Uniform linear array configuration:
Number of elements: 12
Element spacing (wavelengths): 1
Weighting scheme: hann
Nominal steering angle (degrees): -60
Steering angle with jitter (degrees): -60.544
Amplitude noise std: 0.05
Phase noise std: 0.05

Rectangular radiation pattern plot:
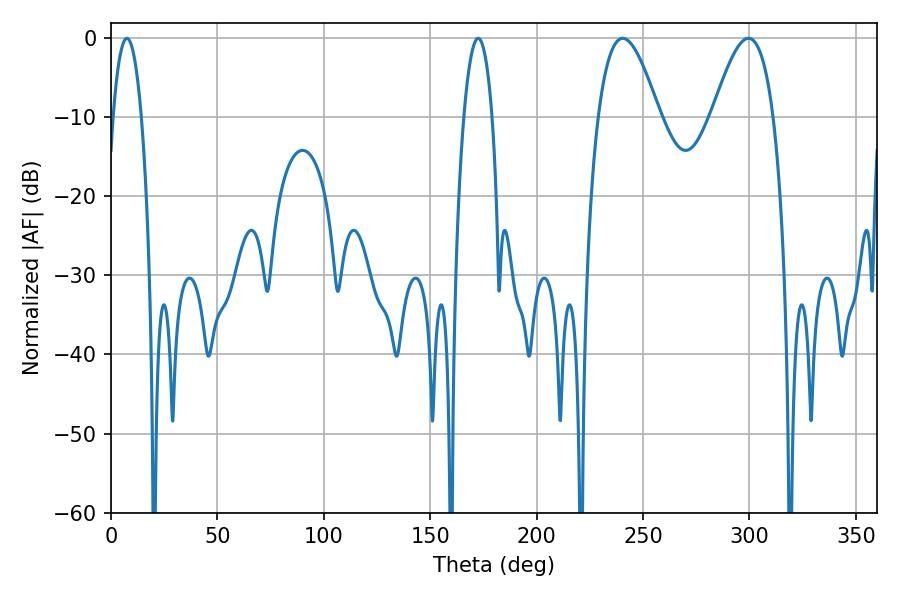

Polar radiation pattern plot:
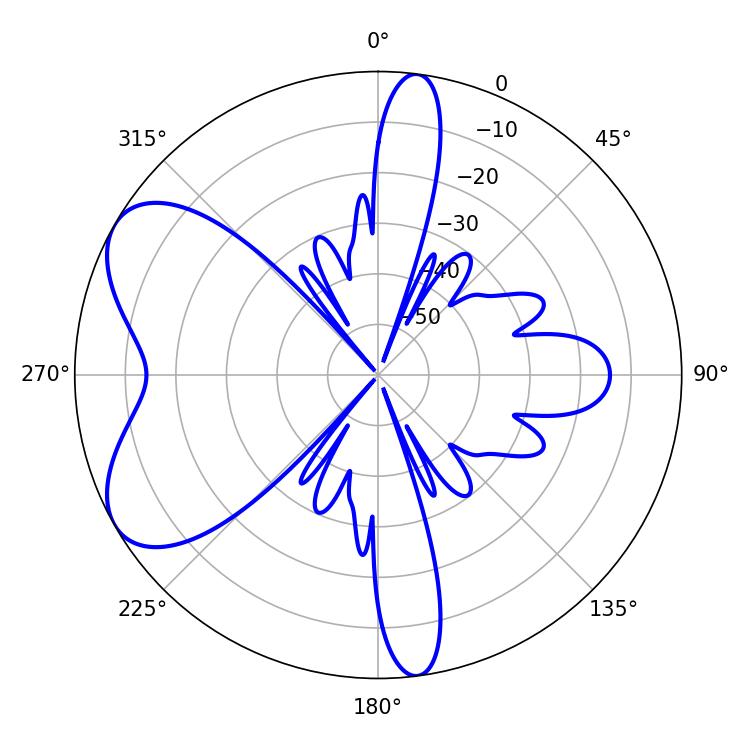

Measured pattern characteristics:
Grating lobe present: TRUE
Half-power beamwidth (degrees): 15.48
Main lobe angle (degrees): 240.48